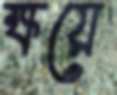
ক্ষয়ে